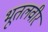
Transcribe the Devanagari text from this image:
भूतलवीर